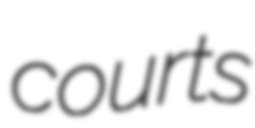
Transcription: courts